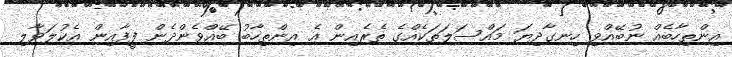
އިންތިހާބެއް ނުބޭއްވި ހިނގާދިޔަ މައްސަލަތަކެއްގެ ތެރެއިން އެ އިންތިހާބު ބޭއްވެންދެން ފީފާއިން އެކުލަވާލި